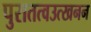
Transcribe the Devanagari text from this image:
पुरातत्वउत्खनन